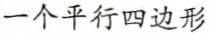
一个平行四边形